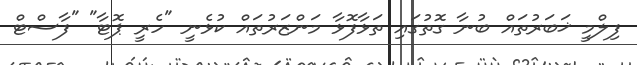
ފިލްމީ ޚަބަރުތައް ބުނާ ގޮތުގައި ތަޅާފޮޅާ މަންޒަރުތައް ކުޅެނީ "ހެރީ ޕޮޓާ" "ފާސްޓް